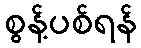
စွန့်ပစ်ရန်